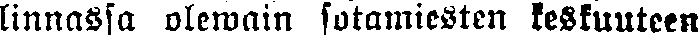
linnassa olewain sotamiesten keskuuteen